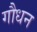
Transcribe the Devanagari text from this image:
गौधन